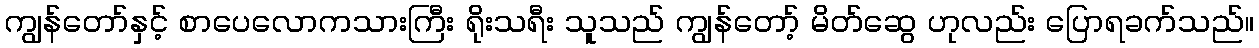
ကျွန်တော်နှင့် စာပေလောကသားကြီး ရိုးသရီး သူသည် ကျွန်တော့် မိတ်ဆွေ ဟုလည်း ပြောရခက်သည်။